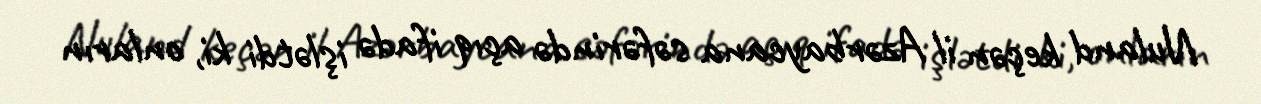
Nuland keçən il Azərbaycana səfərində açıq ifadə işlətdi ki, onların